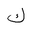
Letter: _kaf